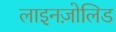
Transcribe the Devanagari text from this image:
लाइनज़ोलिड